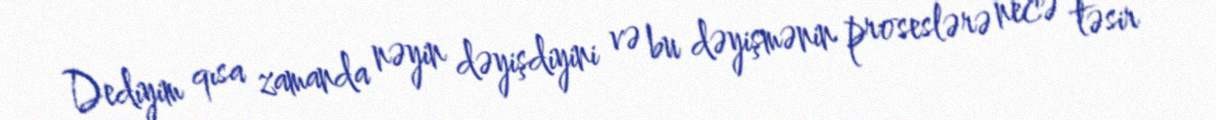
Dediyim qısa zamanda nəyin dəyişdiyini və bu dəyişmənin proseslərə necə təsir